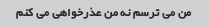
من می ترسم نه من عذرخواهی می کنم